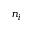
n _ { i }